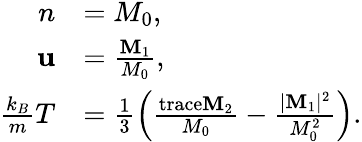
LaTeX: \begin{array}{rl}{n}&{=M_{0},}\\ {\mathbf{u}}&{=\frac{\mathbf{M}_{1}}{M_{0}},}\\ {\frac{k_{B}}{m}T}&{=\frac{1}{3}\left(\frac{\mathrm{trace}\mathbf{M}_{2}}{M_{0}}-\frac{|\mathbf{M}_{1}|^{2}}{M_{0}^{2}}\right).}\end{array}